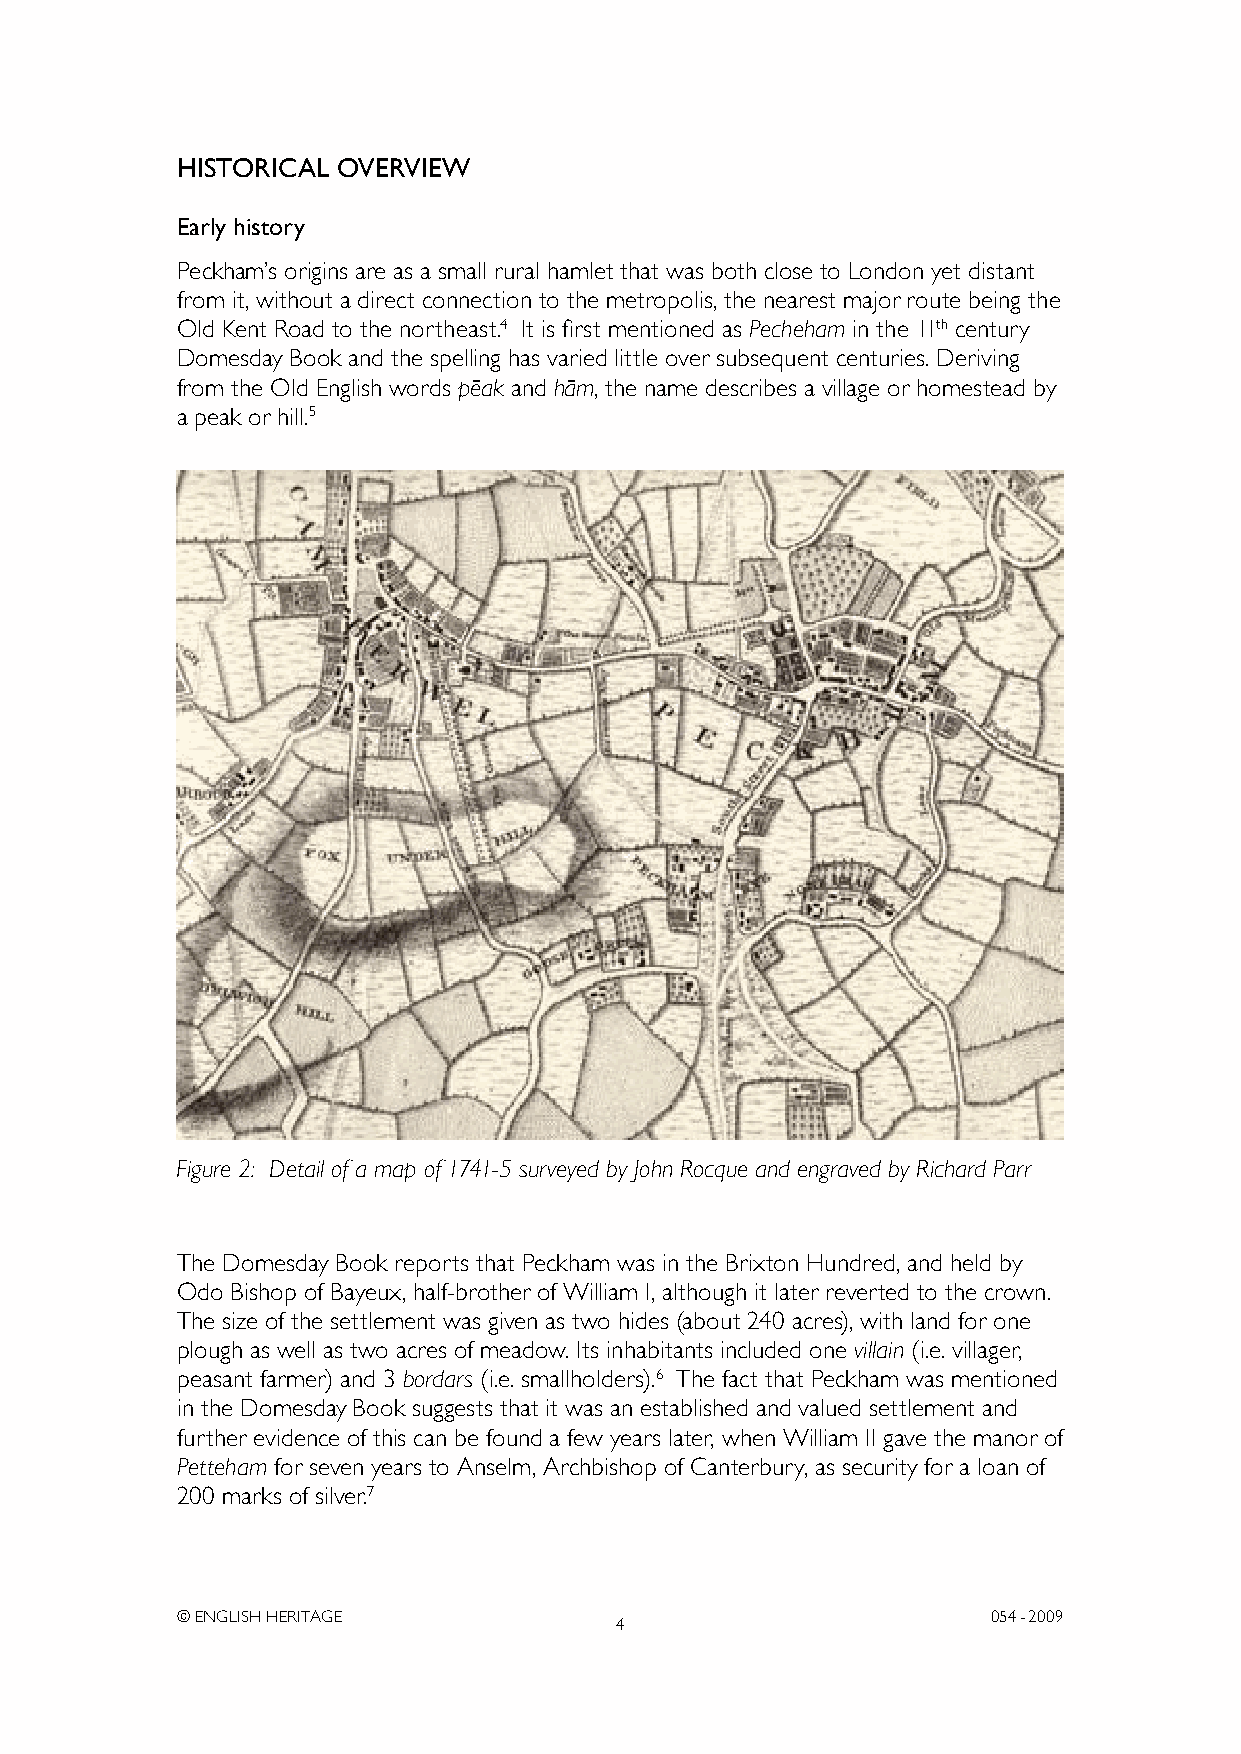
HISTORICAL OVERVIEW
 Early history
 Peckham’s origins are as a small rural hamlet that was both close to London yet distant
 from it, without a direct connection to the metropolis, the nearest major route being the
 Old Kent Road to the northeast.4 It is first mentioned as Pecheham in the 11th century
 Domesday Book and the spelling has varied little over subsequent centuries. Deriving
 from the Old English words peˉak and haˉm, the name describes a village or homestead by
 a peak or hill.5
 Figure 2: Detail of a map of 1741-5 surveyed by John Rocque and engraved by Richard Parr
 The Domesday Book reports that Peckham was in the Brixton Hundred, and held by
 Odo Bishop of Bayeux, half-brother of William I, although it later reverted to the crown.
 The size of the settlement was given as two hides (about 240 acres), with land for one
 plough as well as two acres of meadow. Its inhabitants included one villain (i.e. villager,
 peasant farmer) and 3 bordars (i.e. smallholders).6 The fact that Peckham was mentioned
 in the Domesday Book suggests that it was an established and valued settlement and
 further evidence of this can be found a few years later, when William II gave the manor of
 Petteham for seven years to Anselm, Archbishop of Canterbury, as security for a loan of
 200 marks of silver.7
 © ENGLISH HERITAGE                                    054- 2009
 4